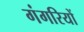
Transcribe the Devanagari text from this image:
गंगरियों